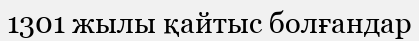
1301 жылы қайтыс болғандар